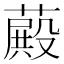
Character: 𦽄